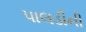
પાલડીની